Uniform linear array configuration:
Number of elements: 8
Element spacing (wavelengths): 0.75
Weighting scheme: kaiser
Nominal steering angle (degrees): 15
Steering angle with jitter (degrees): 15.19
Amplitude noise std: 0.05
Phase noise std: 0.05

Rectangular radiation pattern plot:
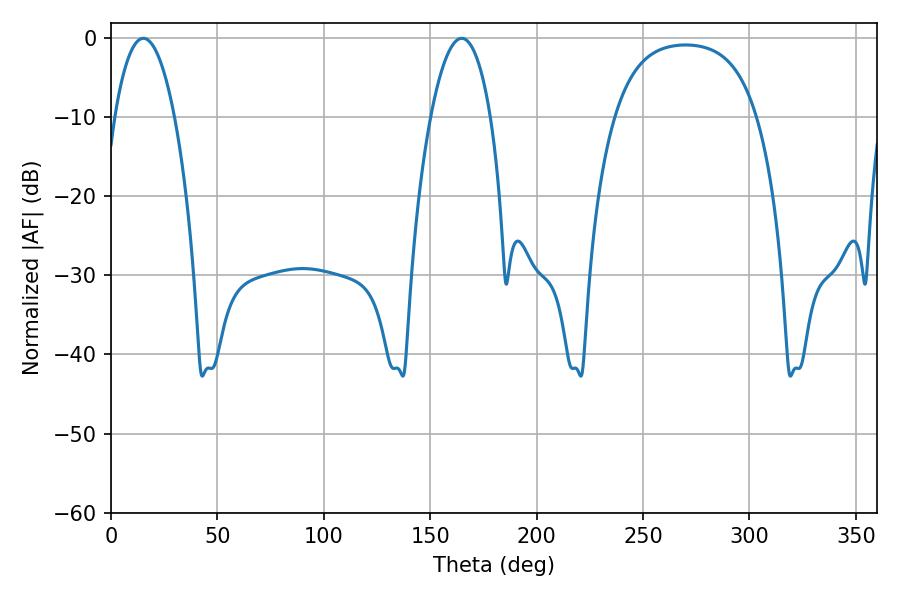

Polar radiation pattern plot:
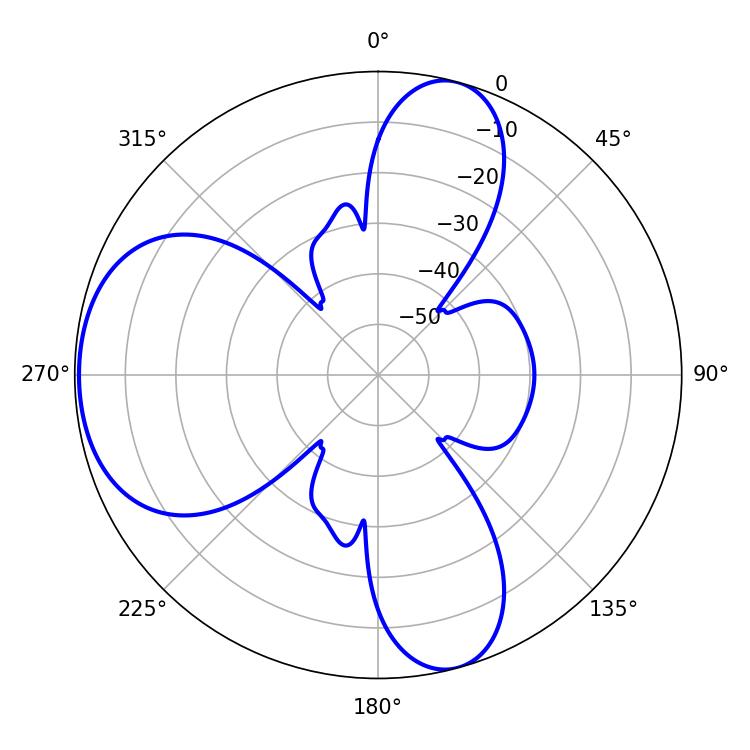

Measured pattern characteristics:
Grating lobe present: TRUE
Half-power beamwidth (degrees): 15.66
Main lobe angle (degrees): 15.12